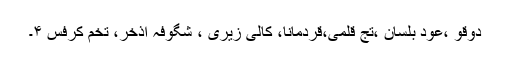
دوقو ،عود بلسان ،تج قلمی،قردمانا، کالی زیری ، شگوفہ اذخر، تخم کرفس ۴۔